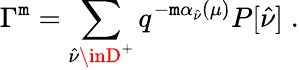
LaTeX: \Gamma^{\mathtt{m}}=\sum_{\hat{{\nu}}\inD^{+}}q^{-\mathtt{m}\alpha_{\hat{{\nu}}}(\mu)}P[\hat{{\nu}}]\; .